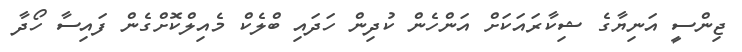
ޖިންސީ އަނިޔާގެ ޝިކާރައަކަށް އަންހެން ކުދިން ހަދައި ބްލެކް މެއިލްކޮށްގެން ފައިސާ ހޯދާ